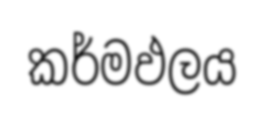
කර්මඵලය